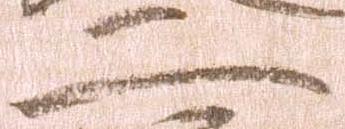
二